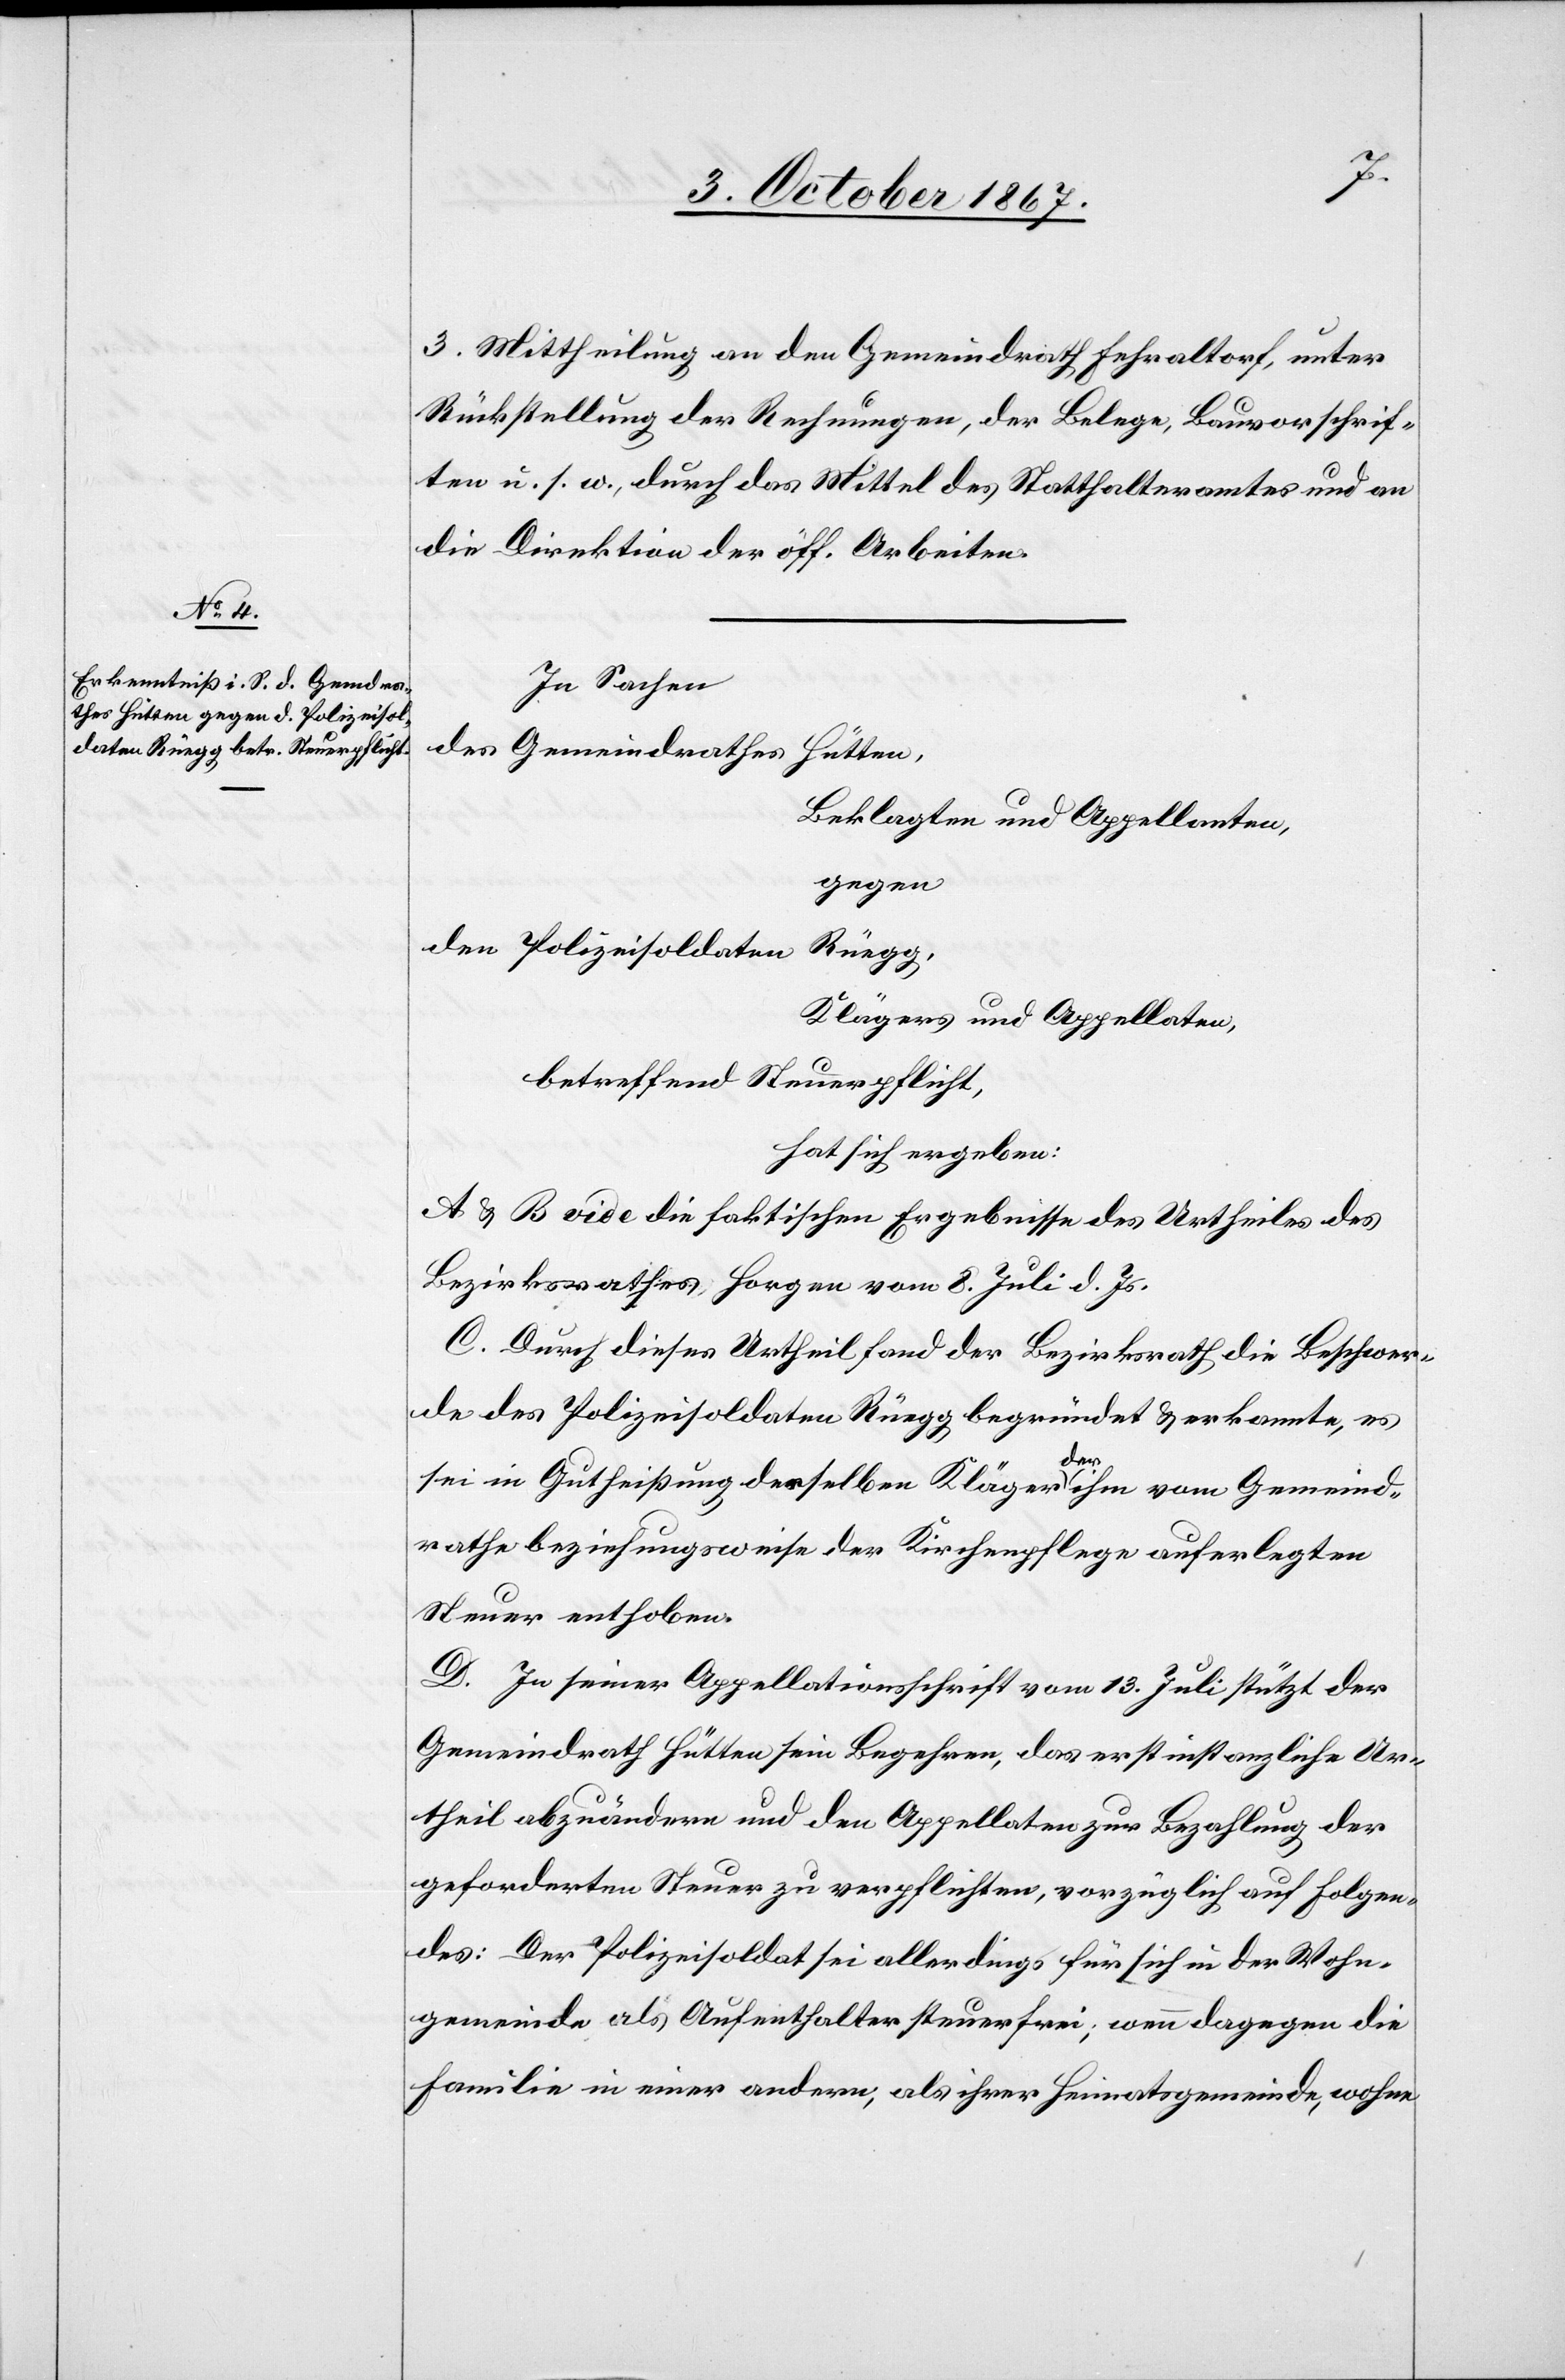
3. Mittheilung an den Gemeindrath Fehraltorf, unter
Rückstellung der Rechnungen, der Belege, Bauvorschrif¬
ten u. s. w., durch das Mittel des Statthalteramtes und an
die Direktion der öff. Arbeiten.
In Sachen
des Gemeindrathes Hütten,
Beklagten und Appellanten,
gegen
den Polizeisoldaten
Rüegg,
Klägers und Appellaten,
betreffend Steuerpflicht,
hat sich ergeben:
A u. B. vide die faktischen Ergebnisse des Urtheiles des
Bezirksrathes Horgen vom 8. Juli d. Js.
C. Durch dieses Urtheil fand der Bezirksrath die Beschwer¬
de des Polizeisoldaten Rüegg begründet u. erkannte, es
sei in Gutheißung desselben Kläger der ihm vom Gemeind¬
rathe beziehungsweise der Kirchenpflege auferlegte
Steuer enthoben.
D. In seiner Appellationsschrift vom 13. Juli stützt der
Gemeindrath Hütten sein Begehren, das erstinstanzliche Ur¬
theil abzuändern und den Appellaten zur Bezahlung der
geforderten Steuer zu verpflichten, vorzüglich auf folgen¬
des: Der Polizeisoldat sei allerdings für sich in der Wohn¬
gemeinde als Aufenthalter steuerfrei; wenn dagegen die
Familie in einer andern, als ihrer Heimatsgemeinde, wohne